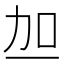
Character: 𫦥